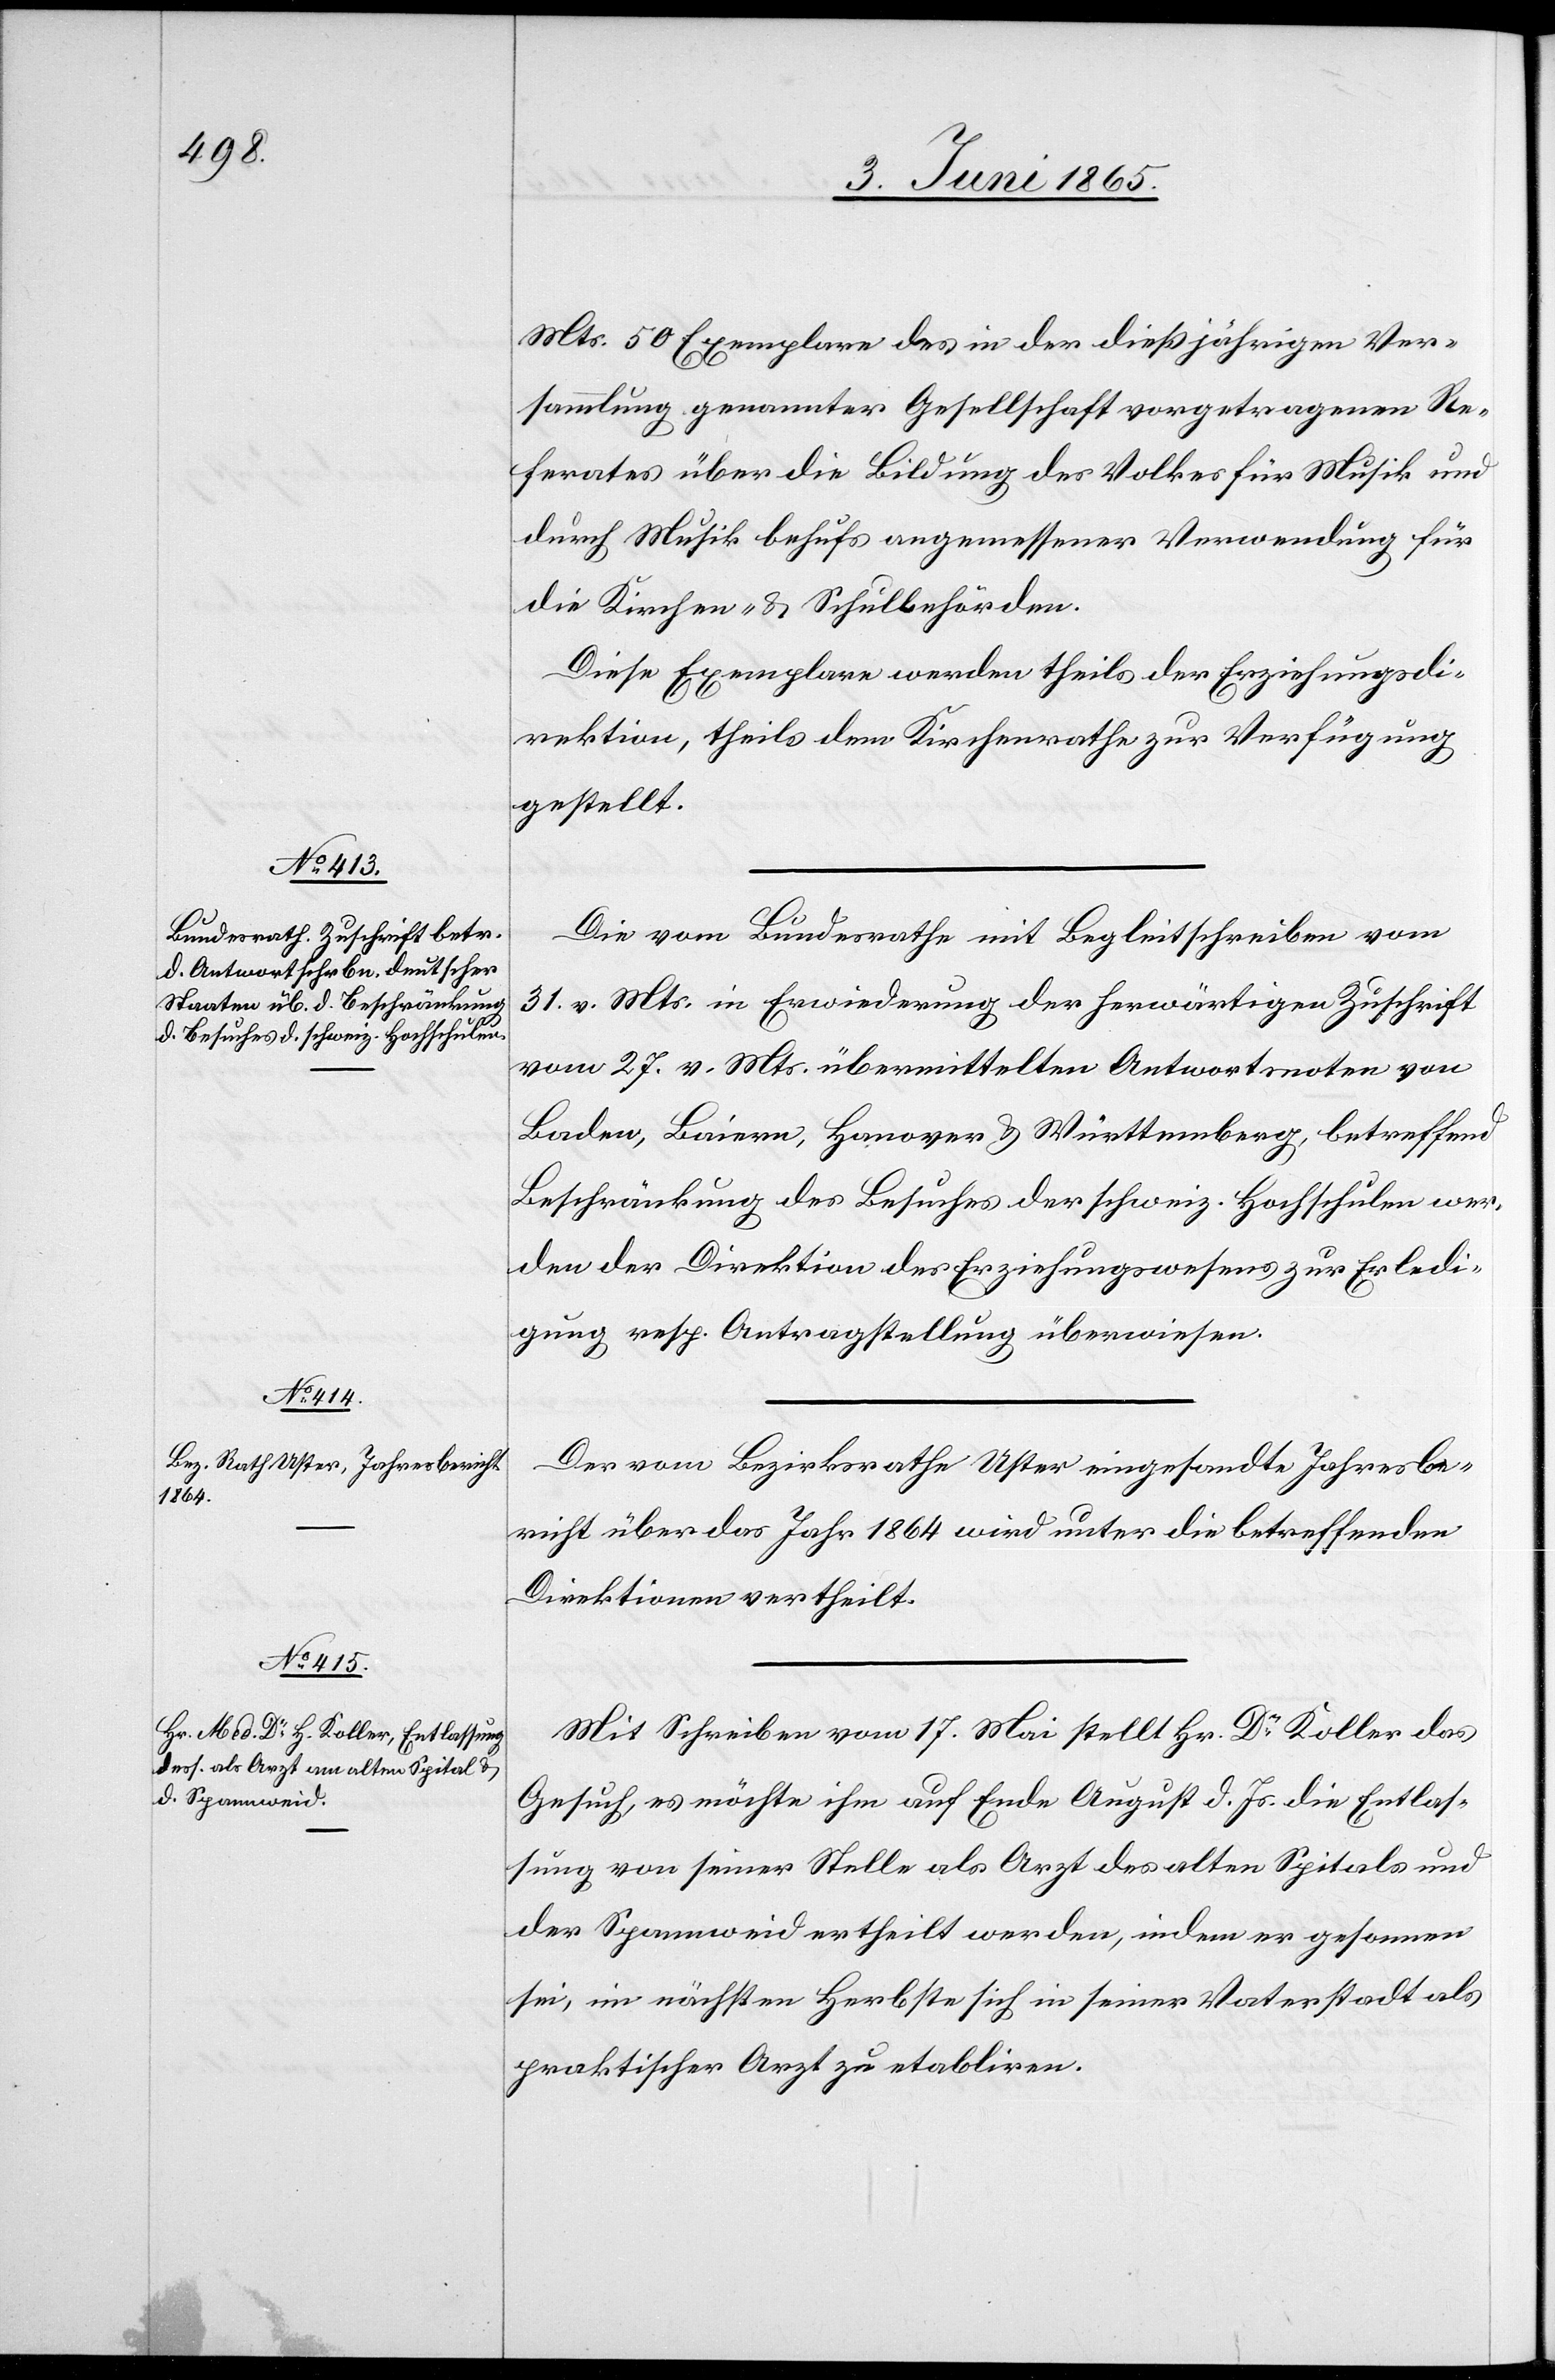
Mts. 50 Exemplare des in der dießjährigen Ver¬
sammlung genannter Gesellschaft vorgetragenen Re¬
ferates über die Bildung des Volkes für Musik und
durch Musik behufs angemessener Verwendung für
die Kirchen- & Schulbehörden.
Diese Exemplare werden theils der Erziehungsdi¬
rektion, theils dem Kirchenrathe zur Verfügung
gestellt.
Die vom Bundesrathe mit Begleitschreiben vom
31. v. Mts. in Erwiederung der herwärtigen Zuschrift
vom 27. v. Mts. übermittelten Antworten von
Baden, Baiern, Hanover & Württemberg, betreffend
Beschränkung des Besuches der schweiz. Hochschulen wer¬
den der Direktion des Erziehungswesens zur Erledi¬
gung resp. Antragstellung überwiesen.
Der vom Bezirksrathe Uster eingesandte Jahresbe¬
richt über das Jahr 1864 wird unter die betreffenden
Direktionen vertheilt.
Mit Schreiben vom 17. Mai stellt Hr. Dr Koller das
Gesuch, es möchte ihm auf Ende August d. Js. die Entlas¬
sung von seiner Stelle als Arzt des alten Spitals und
der Spannweid ertheilt werden, indem er gesonnen
sei, im nächsten Herbste sich in seiner Vaterstadt als
praktischer Arzt zu etabliren.